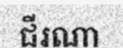
ជីរណា